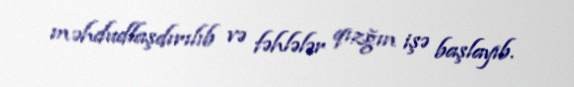
məhdudlaşdırılıb və fəhlələr qızğın işə başlayıb.